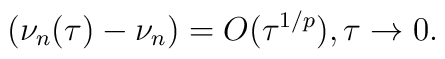
(\nu_n(\tau)-\nu_n)=O(\tau^{1/p}), \tau\rightarrow0.